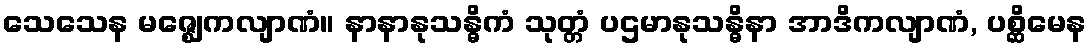
သေသေန မဇ္ဈေကလျာဏံ။ နာနာနုသန္ဓိကံ သုတ္တံ ပဌမာနုသန္ဓိနာ အာဒိကလျာဏံ, ပစ္ဆိမေန